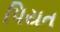
પિયત